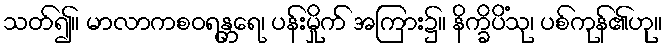
သတ်၍။ မာလာကစဝရန္တရေ၊ ပန်းမှိုက် အကြား၌။ နိက္ခိပိံသု၊ ပစ်ကုန်၏ဟု။